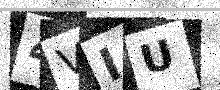
Text: 4VIU